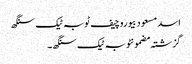
اسد مسعود بیوروچیف ٹوبہ ٹیک سنگھ
گزشتہ مضمونٹوبہ ٹیک سنگھ ۔